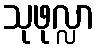
သုဖုလ္လာ